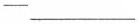
- ___